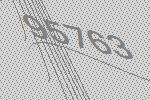
95763